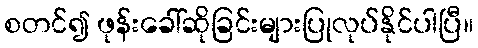
စတင်၍ ဖုန်းခေါ်ဆိုခြင်းများပြုလုပ်နိုင်ပါပြီ။